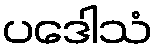
ပဒေါသံ